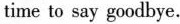
time to say goodbye.